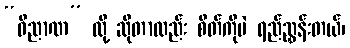
“ဝိညာဏ” လို့ ဆိုတာလည်း စိတ်ကိုပဲ ရည်ညွှန်းတယ်၊